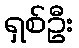
ရှစ်ဦး